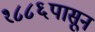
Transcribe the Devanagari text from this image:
१८८६पासून